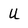
Character: U